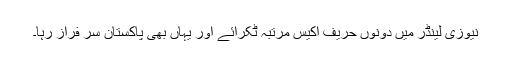
نیوزی لینڈر میں دونوں حریف اکیس مرتبہ ٹکرائے اور یہاں بھی پاکستان سر فراز رہا۔